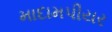
માદામપીયર